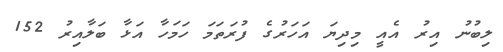
ލިބުނު އިރު އެއީ މިދިޔަ އަހަރުގެ ފުރަތަމަ ހަމަހާ އަޅާ ބަލާއިރު 152